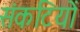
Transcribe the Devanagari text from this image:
संकटियों